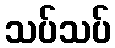
သပ်သပ်